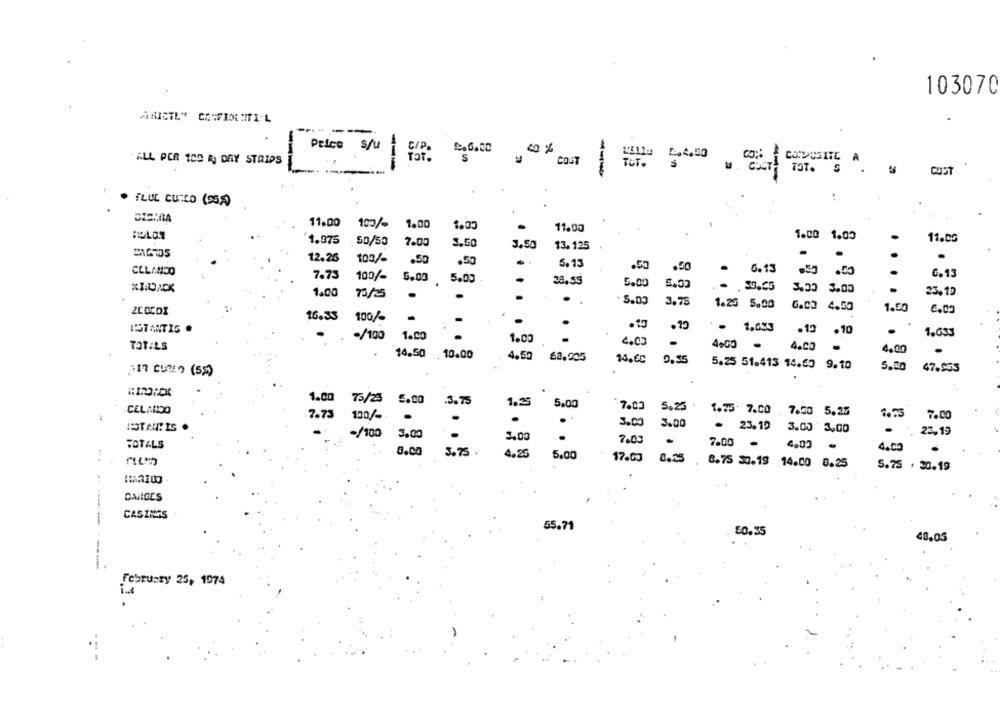
103070
ANICTL" CONFIOLIITE.L
Price S/u
S
ALL PER 100 RJ DAY STRIPS
--
COST
FLUL CUIZO (95)
.
11.00
100%
1.00
1.05
11.00
1.00 1.03
1.975
50/55
7.00
3.50
3,50
13. 125
11.00
PAGOS
12.26
100/-
.
.
.
1.50
.50
.
5.13
.55
CLLANDO
.50
6.13
.00
7.73
100/-
5.00
5.00
.
6.13
KINOACK
.
38.55
5.00
1.00
13/25
3.30 3.00
3.00
25,19
. 5.00
3.75
1.25 5.00
0.0. 4.50
1.50
6.00
16.33
100/-
ISTANTIS .
. 19
.15
- 1,653
-/100
1.00
1.00
.12 .10
1.633
4.00
TOTALS
4.00
4.00
14.50 10.00
4.59
62.505
14.60 0.35
5.25 51.413 14.50 9.10
5.00
FIT CUMO (55)
47.953
1.00 73/25
5.00
.3.75
1,35
CELANDDO
5.00
7.03
5.25
:
7.73
120/%.
1.75. 7.00 7.00 5.25
7.00
.
3.00
3.00
ISTANTIS .
. 23.12
3.00 3,00
23,15
-/100
3.00
3.00
.
.
7.03
7.00
.
0.00
3.75 .
4.27
4.00
5.00
17.00
0.25
8.75 50.19 14.00 8.25
5.75 . 30.19
DAIIGES
CASINGS
---
55.71
$0.35
48.05
--
February 25, 1974